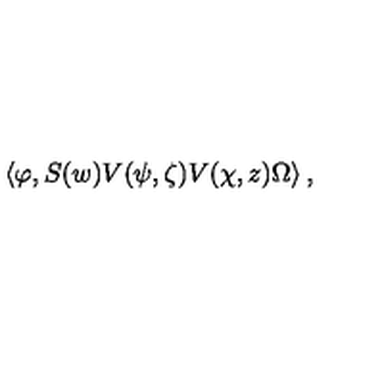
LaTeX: \left\langle \varphi , S ( w ) V ( \psi , \zeta ) V ( \chi , z ) \Omega \right\rangle ,